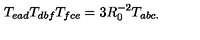
T _ { e a d } T _ { d b f } T _ { f c e } = 3 R _ { 0 } ^ { - 2 } T _ { a b c . }